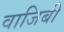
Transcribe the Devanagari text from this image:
वाजिबी